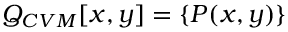
Q _ { C V M } [ x , y ] = \{ P ( x , y ) \}